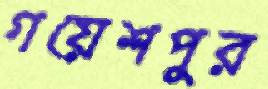
গয়েশপুর